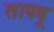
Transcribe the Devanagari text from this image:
तापवू